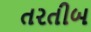
તરતીબ